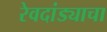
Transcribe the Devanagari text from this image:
रेवदांड्याचा